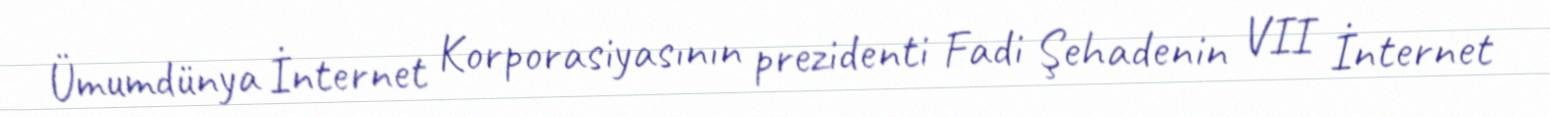
Ümumdünya İnternet Korporasiyasının prezidenti Fadi Şehadenin VII İnternet